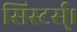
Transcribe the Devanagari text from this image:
सिस्टर्स्।